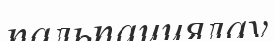
пальпациялау